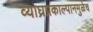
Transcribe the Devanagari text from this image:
व्याघ्रप्रकाल्पानमुळेच